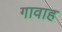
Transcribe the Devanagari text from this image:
गावाह